Lunatic asylums Punjab 1911-1921 - 1911-1921
Year: 1911
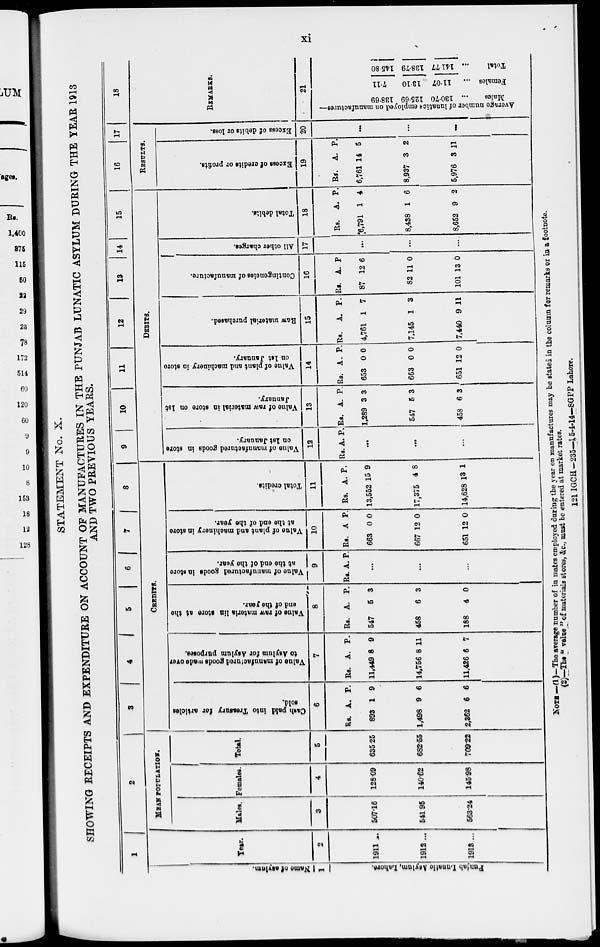
xi
STATEMENT No. X.
SHOWING RECEIPTS AND EXPENDITURE ON ACCOUNT OF MANUFACTURES IN THE PUNJAB LUNATIC ASYLUM DURING THE YEAR 1913
AND TWO PREVIOUS YEARS.
Na me of a s ylum.
1
Punjab Lunatic Asylum, Lahore.
1
Year.
2
1911 ...
1912 ...
1913 ...
2
MEAN POPULATION.
Males.
3
507.16
541.95
563.24
Females.
4
128.09
140.62
145.98
Total.
5
635.25
682.55
709.22
3 4
5
6
7
8
CREDITS.
Cash paid
into Treasury for articles
sold.
6
Rs.
893
1,498
2,362
A.
1
9
6
P.
9
6
6
Value of manufactured
goods made over
to Asylum for Asylum purposes.
7
Rs.
11,449
14,756
11,426
A.
8
8
6
P.
9
11
7
Value of raw materia
lin store at the
end of the year.
8
Rs.
547
458
188
A.
5
6
4
P.
3
3
0
Value
of manufactured goods in store
at
the end of the year.
9
Rs. A. P.
...
...
...
Value
of plant and machinery
in store
at the end of the year.
10
Rs.
663
667
651
A
0
12
12
P.
0
0
0
Total credits.
11
Rs.
13,552
17,375
14,628
A.
15
4
13
P.
9
8
1
9
10
11
12
13
14
15
DEBITS.
Value
of manufactured goods in store
on 1st January.
12
Rs. A. P.
...
...
...
Value of raw material in store
on 1st
January.
13
Rs.
1,289
547
458
A.
3
5
6
P.
3
3
3
Value of plant and machinery in store
on 1st January.
14
Rs.
653
663
651
A.
0
0
12
P.
0
0
0
Raw material purchased.
15
Rs.
4,761
7,145
7,440
A.
1
1
9
P.
7
3
11
Contingencies
of manufacture.
16
Rs.
87
82
101
A.
12
11
13
P
6
0
0
All other charges.
17
...
...
...
Total debits.
18
Rs.
6,791
8,438
8,652
A.
1
1
9
P.
4
6
2
16
17
RESULTS.
Excess of credits or profits.
19
Rs.
6,761
8,937
5,976
A.
14
3
3
P.
5
2
11
Excess of debits or loss.
20
...
...
...
18
REMARKS.
21
Average
number of lunatics employed on manufactures—
138.69
125.69
130.70
Males ...
7.11
13.10
11.07
Females ...
145 80
138.79
141.77
Total ...
NOTE —(1)—The arerage number of in mates employed during the year on manufactures may be stated in the column for remarks or in a footnote.
(2)—The " value " of materials stores, &c., must be entered at market rates.
121 IGCH—235—15-4-14—SGPP Lahore.